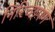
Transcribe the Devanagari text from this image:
निरिच्छपणे